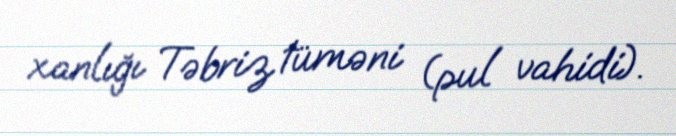
xanlığı Təbriz tüməni (pul vahidi).